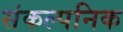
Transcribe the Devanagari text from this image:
संकल्पनिक